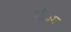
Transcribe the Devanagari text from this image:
शीघ्रम